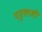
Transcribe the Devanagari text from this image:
एडुलजी